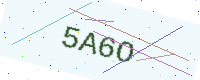
Text: 5A6O